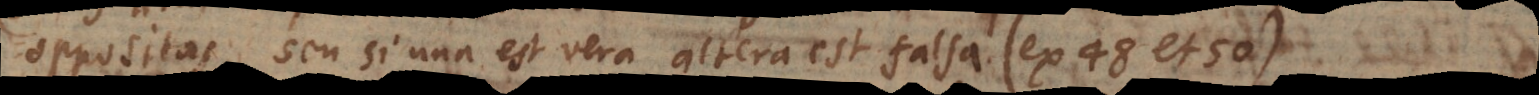
oppositas, seu si una est vera altera est falsa (ex 48 et 50)